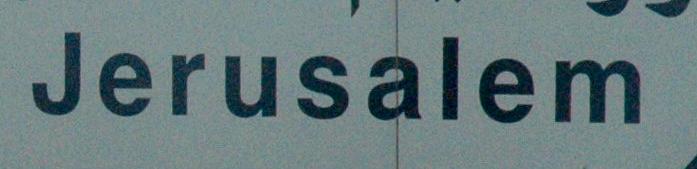
jerusalem